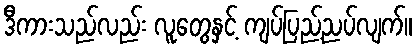
ဒီကားသည်လည်း လူတွေနှင့် ကျပ်ပြည့်ညပ်လျက်။